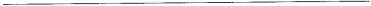
___